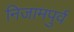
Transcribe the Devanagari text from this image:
निजामपुर्व